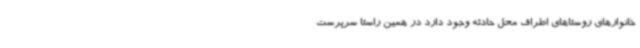
خانوارهای روستاهای اطراف محل حادثه وجود دارد در همین راستا سرپرست